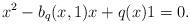
LaTeX: \begin{align*}x^2-b_q(x,1)x+q(x)1=0.\end{align*}